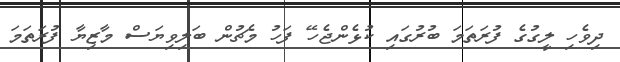
ދިވެހި ލީގުގެ ފުރަތަމަ ބުރުގައި ކުޅެންޖެހޭ ފަހު މެޗުން ބަލިވިޔަސް މާޒިޔާ ފުރަތަމަ